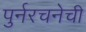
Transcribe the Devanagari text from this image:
पुर्नरचनेची